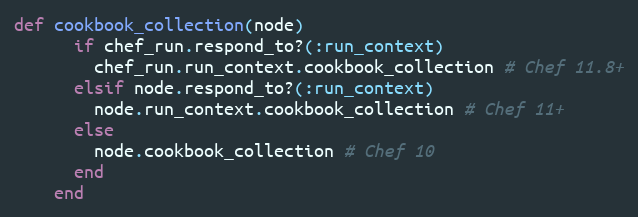
Language: Ruby
def cookbook_collection(node)
      if chef_run.respond_to?(:run_context)
        chef_run.run_context.cookbook_collection # Chef 11.8+
      elsif node.respond_to?(:run_context)
        node.run_context.cookbook_collection # Chef 11+
      else
        node.cookbook_collection # Chef 10
      end
    end